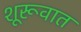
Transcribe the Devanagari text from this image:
शूरूवात